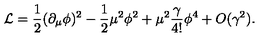
{ \cal { L } } = \frac { 1 } { 2 } ( \partial _ { \mu } \phi ) ^ { 2 } - \frac { 1 } { 2 } \mu ^ { 2 } \phi ^ { 2 } + \mu ^ { 2 } \frac { \gamma } { 4 ! } \phi ^ { 4 } + O ( \gamma ^ { 2 } ) .